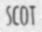
SCOT